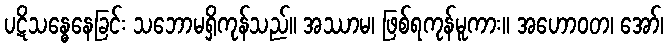
ပဋိသန္ဓေနေခြင်း သဘောမရှိကုန်သည်။ အဿာမ၊ ဖြစ်ရကုန်မူကား။ အဟောဝတ၊ အော်၊